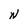
Character: W